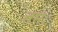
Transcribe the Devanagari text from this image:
तमः